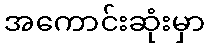
အကောင်းဆုံးမှာ